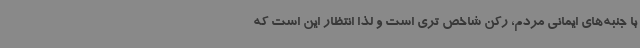
با جنبه‌های ایمانی مردم، رکن شاخص تری است و لذا انتظار این است که